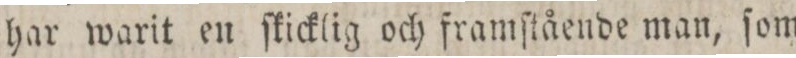
har warit en ſkicklig och framſtående man, ſom